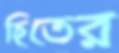
হিতের